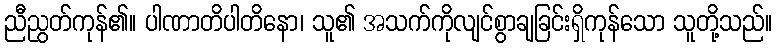
ညီညွတ်ကုန်၏။ ပါဏာတိပါတိနော၊ သူ၏ အသက်ကိုလျင်စွာချခြင်းရှိကုန်သော သူတို့သည်။